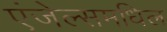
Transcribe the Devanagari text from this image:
एंजेल्समधिल